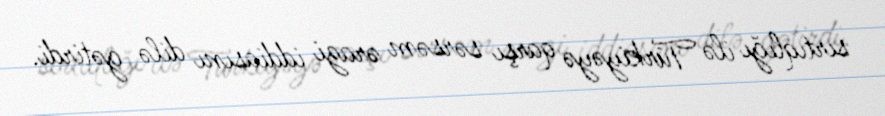
sırtıqlığı ilə Türkiyəyə qarşı sərsəm ərazi iddiasını dilə gətirdi.